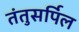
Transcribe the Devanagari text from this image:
तंतुसर्पिल